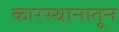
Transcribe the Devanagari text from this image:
कारस्थानातून